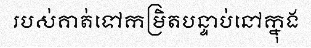
របស់គាត់ទៅកម្រិតបន្ទាប់នៅក្នុង